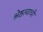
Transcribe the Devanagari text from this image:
श्रेष्ठत्वाची